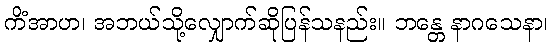
ကိံအာဟ၊ အဘယ်သို့လျှောက်ဆိုပြန်သနည်း။ ဘန္တေ နာဂသေနာ၊